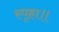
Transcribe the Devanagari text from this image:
स्पृहा॥